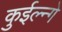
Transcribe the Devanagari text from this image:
कुईल्न्गे